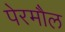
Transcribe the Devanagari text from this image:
पेरमौल